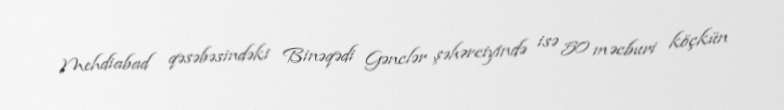
Mehdiabad qəsəbəsindəki Binəqədi Gənclər şəhərciyində isə 50 məcburi köçkün